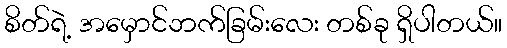
စိတ်ရဲ့ အမှောင်ဘက်ခြမ်းလေး တစ်ခု ရှိပါတယ်။